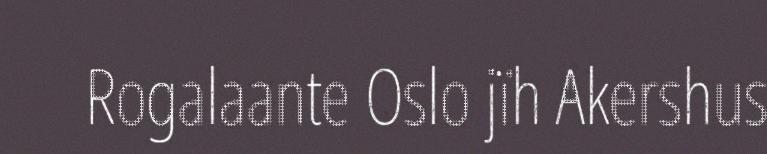
Rogalaante Oslo jïh Akershus